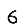
Digit: 6